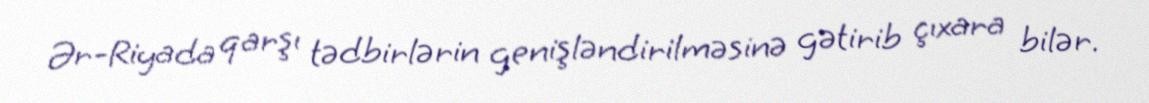
Ər-Riyada qarşı tədbirlərin genişləndirilməsinə gətirib çıxara bilər.